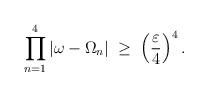
LaTeX: \begin{align*}\prod_{n=1}^4 |\omega-\Omega_n| \;\geq\; \left( \frac{\varepsilon}{4} \right)^4.\end{align*}